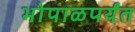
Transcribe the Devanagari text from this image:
भोपाळपर्यंत